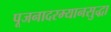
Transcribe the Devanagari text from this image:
पूजनादरम्यानसुद्धा